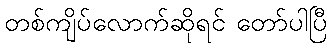
တစ်ကျိပ်လောက်ဆိုရင် တော်ပါပြီ